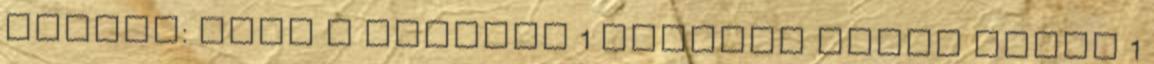
Balázs: Mese a fehércs 1 Lengyel Gyula Ember 1